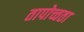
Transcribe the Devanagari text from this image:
तापोच्चता